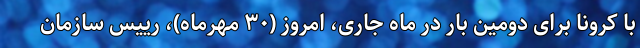
با کرونا برای دومین بار در ماه جاری، امروز (٣٠ مهرماه)، رییس سازمان